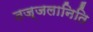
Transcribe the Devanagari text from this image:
तज्जलानिति